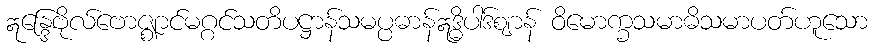
ဣန္ဒြေဗိုလ်ဗောဇ္ဈာင်မဂ္ဂင်သတိပဋ္ဌာန်သမပ္ပဓာန်ဣဒ္ဓိပါဒ်ဈာန် ဝိမောက္ခသမာဓိသမာပတ်ဟူသော